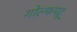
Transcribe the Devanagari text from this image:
गोल्फपटू